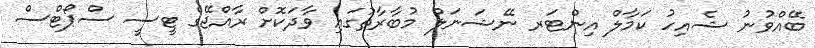
ބޭއްވުނު ޝެއިހު ކަމާލް އިންޓަރ ނޭޝަނަލް މުބާރާތުގައި ވާދަކޮށް ރާއްޖޭގެ ޓީސީ ސްޕޯޓްސް